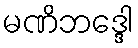
မဏိဘဒ္ဒေါ